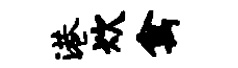
港炊禽